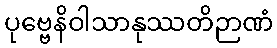
ပုဗ္ဗေနိဝါသာနုဿတိဉာဏံ